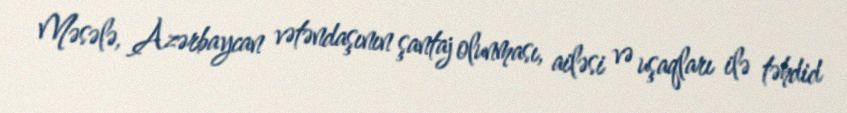
Məsələ, Azərbaycan vətəndaşının şantaj olunması, ailəsi və uşaqları ilə təhdid